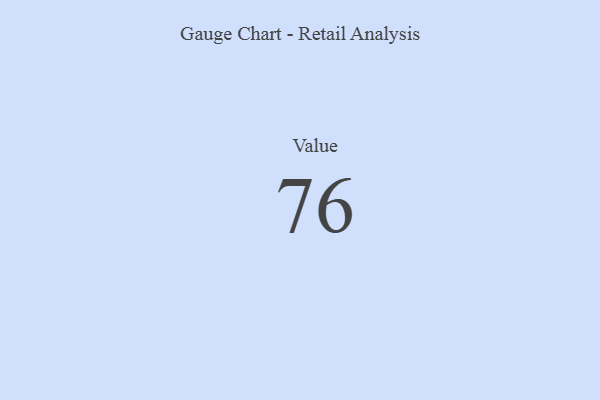
{"axis": {"x": "Metric", "y": "Value"}, "legend": [""], "data": [{"x": "Value", "y": 76, "type": ""}]}